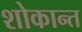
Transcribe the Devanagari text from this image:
शोकान्‍त